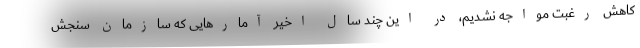
کاهش رغبت مواجه نشدیم، در این چند سال اخیر آمار‌هایی که سازمان سنجش